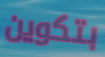
بتكوين